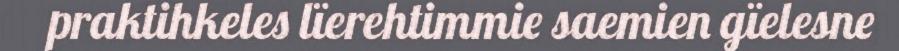
praktihkeles lïerehtimmie saemien gïelesne